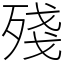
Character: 殘